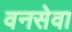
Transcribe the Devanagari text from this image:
वनसेवा